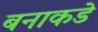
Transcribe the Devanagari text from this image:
बनाकडे